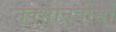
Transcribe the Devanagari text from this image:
नक्शानवीसों